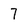
Character: 7